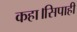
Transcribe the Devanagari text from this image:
कहा।सिपाही